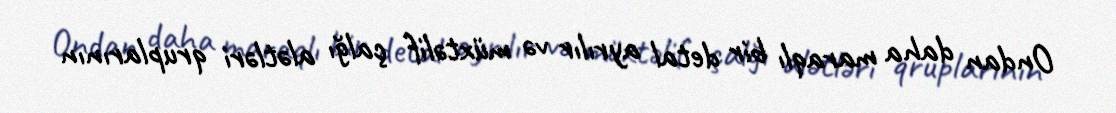
Ondan daha maraqlı bir detal ayrılır və müxtəlif çalğı alətləri qruplarının